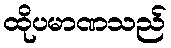
ထိုပမာဏသည်